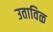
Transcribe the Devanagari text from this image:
उताविळ